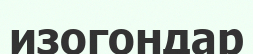
изогондар